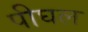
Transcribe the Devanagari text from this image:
पीघल